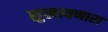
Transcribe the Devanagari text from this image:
सुखावणारा